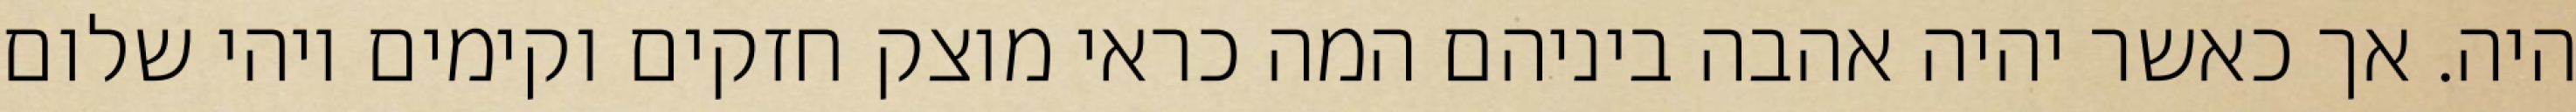
היה. אך כאשר יהיה אהבה ביניהם המה כראי מוצק חזקים וקימים ויהי שלום